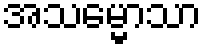
အသမ္မောသာ